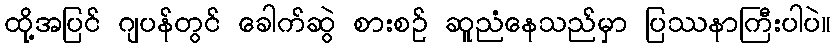
ထို့အပြင် ဂျပန်တွင် ခေါက်ဆွဲ စားစဉ် ဆူညံနေသည်မှာ ပြဿနာကြီးပါပဲ။